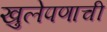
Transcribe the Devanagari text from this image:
खुलेपणाची